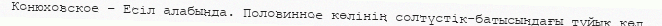
Конюховское – Есіл алабында. Половинное көлінің солтүстік-батысындағы тұйық көл.